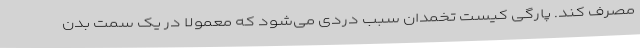
مصرف کند. پارگی کیست تخمدان سبب دردی می‌شود که معمولاً در یک سمت بدن